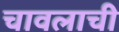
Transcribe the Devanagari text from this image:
चावलाची